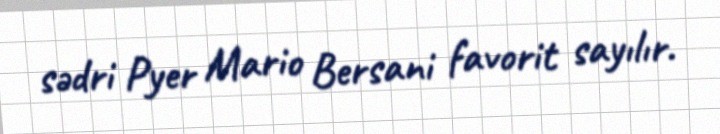
sədri Pyer Mario Bersani favorit sayılır.